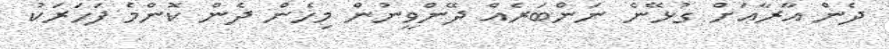
ދެން އާރާއަށް ގުޅޭނެ ނަންބަރެއް ދޭންވީނުން މިހެން ދެން ކޮންމެ ފަހަރަކު